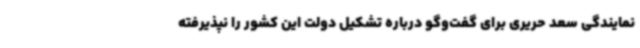
نمایندگی سعد حریری برای گفت‌وگو درباره تشکیل دولت این کشور را نپذیرفته